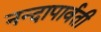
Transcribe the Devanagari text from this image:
नन्दापार्वती